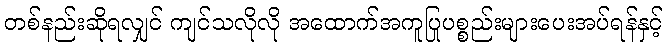
တစ်နည်းဆိုရလျှင် ကျင်သလိုလို အထောက်အကူပြုပစ္စည်းများပေးအပ်ရန်နှင့်